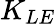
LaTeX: K_{LE}